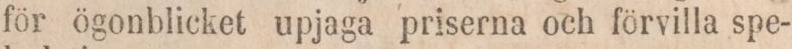
för ögonblicket upjaga priserna och förvilla spe-